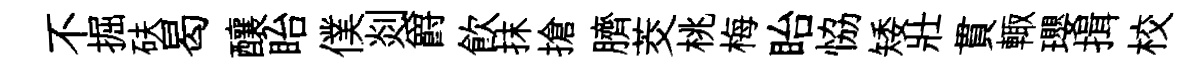
不掘砆曷釀眙僕剡爵飲抹搶臍茭桃梅眙恊矮壯貫輙瓔揖校